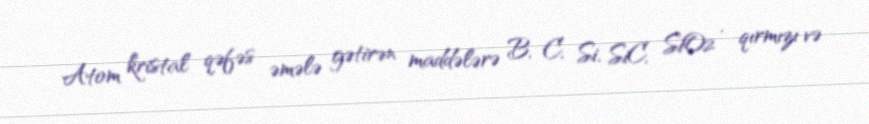
Atom kristal qəfəs əmələ gətirən maddələrə B, C, Si, SiC, SiO2 , qırmızı və